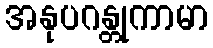
အနုပဂန္တုကာမာ